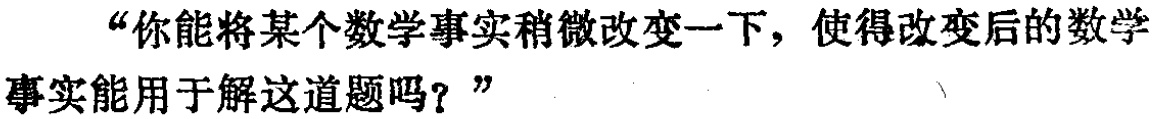
“你能将某个数学事实稍微改变一下，使得改变后的数学事实能用于解这道题吗？”